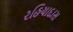
રહિયાદાસ